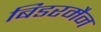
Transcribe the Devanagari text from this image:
बिडरमैन